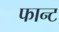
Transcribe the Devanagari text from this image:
फान्ट